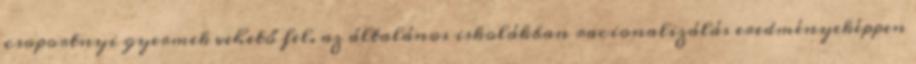
csoportnyi gyermek vehető fel. az általános iskolákban racionalizálás eredményeképpen